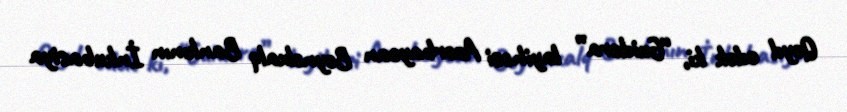
Qeyd edək ki, “Guidera” layihəsi Azərbaycan Beynəlxalq Bankının İnkubasiya